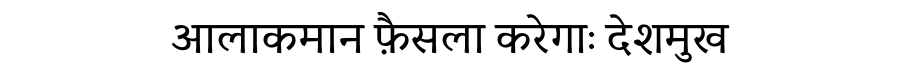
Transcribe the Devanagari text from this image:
आलाकमान फ़ैसला करेगाः देशमुख